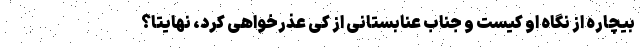
بیچاره از نگاه او کیست و جناب عنابستانی از کی عذرخواهی کرد، نهایتاً؟